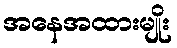
အနေအထားမျိုး